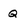
Character: Q